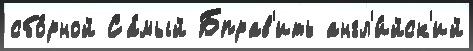
сбо́рной Са́мый Бправ'ить англ'и́йск'ий